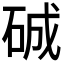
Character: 𥓉